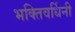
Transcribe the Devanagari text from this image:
भक्तिवर्धिनी